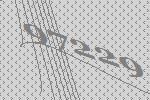
97229